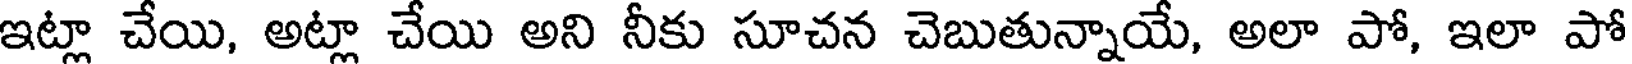
ఇట్లా చేయి, అట్లా చేయి అని నీకు సూచన చెబుతున్నాయే, అలా పో, ఇలా పో